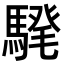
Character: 𩤗